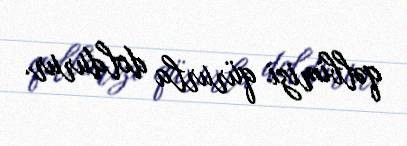
qəlbimizi qürurla doldurur.